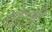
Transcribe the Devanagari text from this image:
चोटही